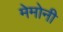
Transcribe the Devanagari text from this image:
मेमोनी